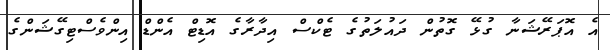
އެ އޮޕަރޭޝަނާ ގުޅޭ ގޮތުން ދައުލަތުގެ ޓެކްސް އިދާރާގެ އޮޑިޓް އެންޑް އިންވެސްޓިގޭޝަންގެ